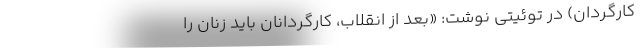
کارگردان) در توئيتي نوشت: «بعد از انقلاب، کارگردانان بايد زنان را